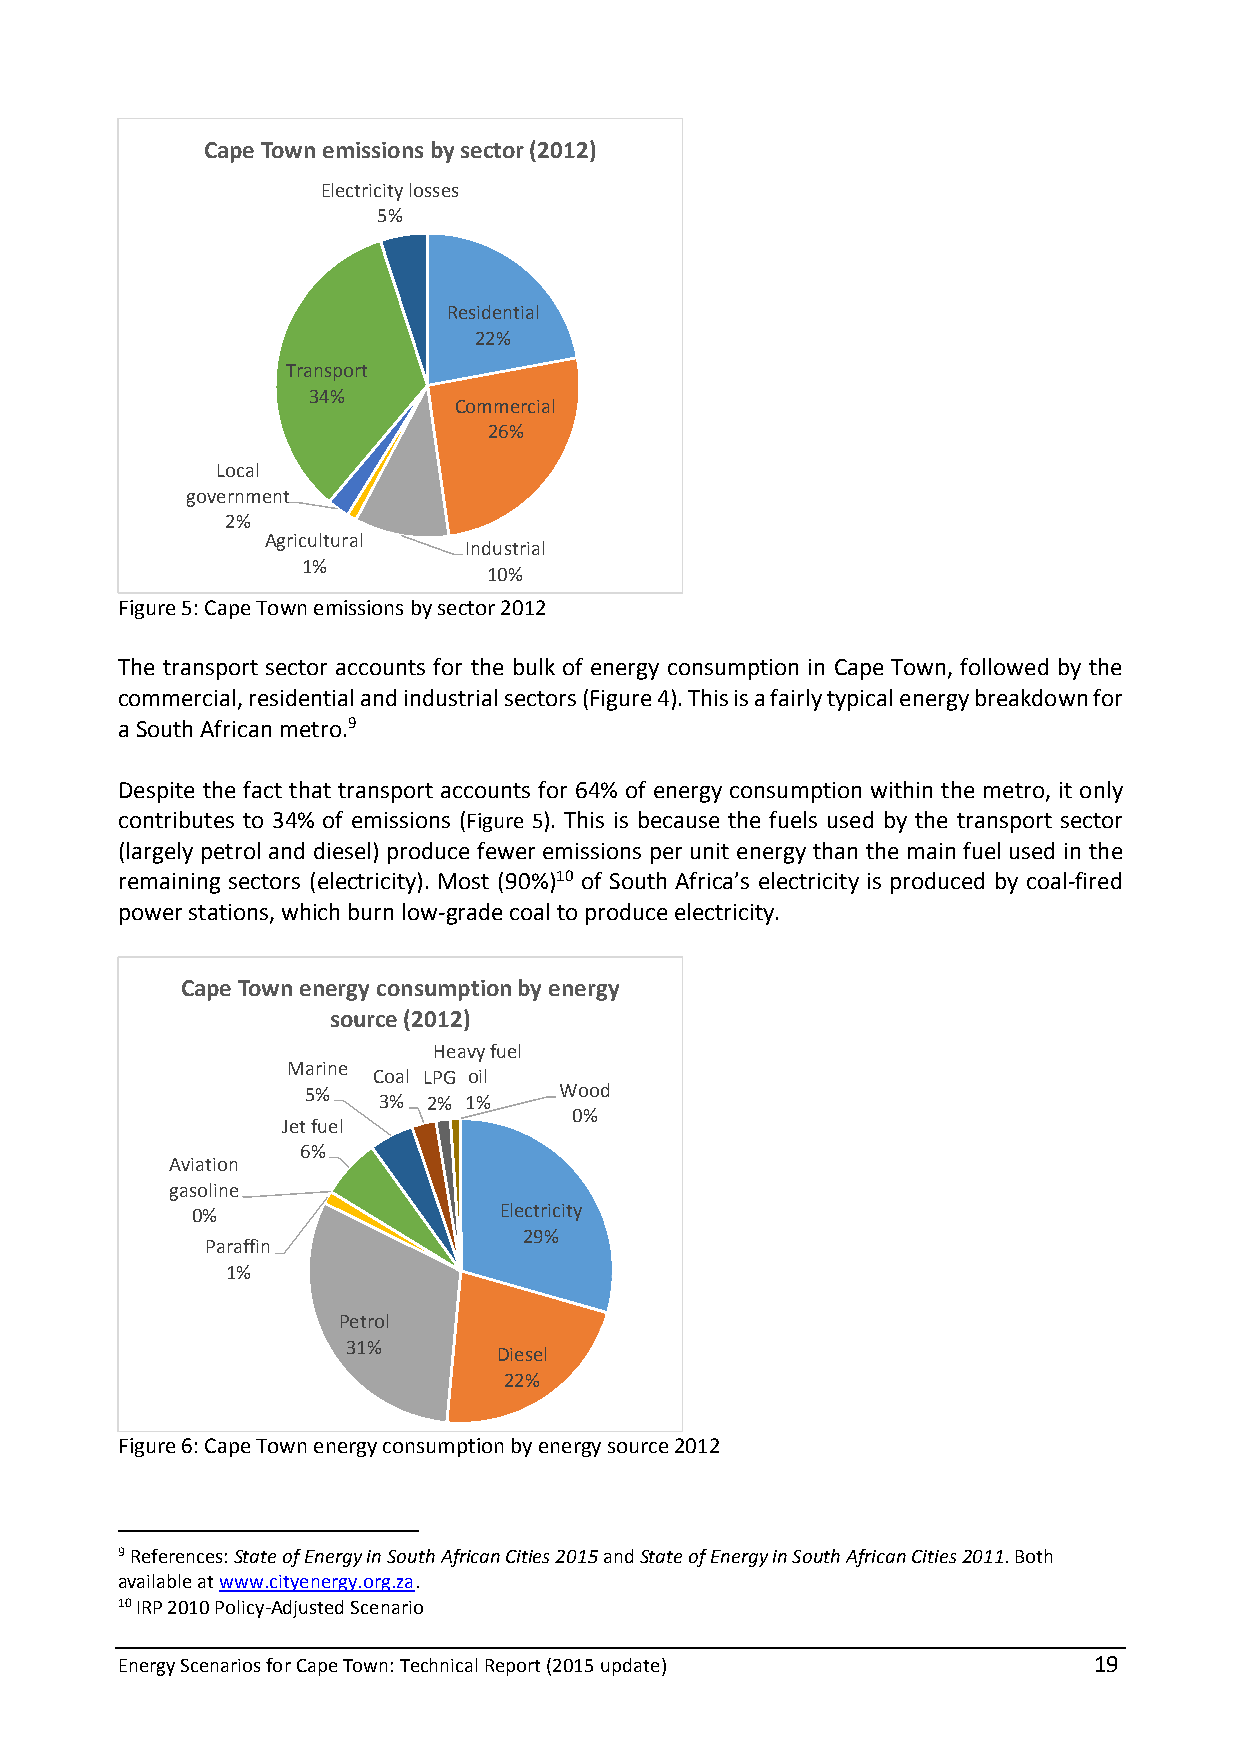
Cape Town emissions by sector (2012)
 Electricity losses
 5%
 Residential
 22%
 Transport
 34%
 Commercial
 26%
 Local
 government
 2%
 Agricultural
 Industrial
 1%
 10%
 Figure 5: Cape Town emissions by sector 2012
 The transport sector accounts for the bulk of energy consumption in Cape Town, followed by the
 commercial, residential and industrial sectors (Figure 4). This is a fairly typical energy breakdown for
 a South African metro.9
 Despite the fact that transport accounts for 64% of energy consumption within the metro, it only
 contributes to 34% of emissions (Figure 5). This is because the fuels used by the transport sector
 (largely petrol and diesel) produce fewer emissions per unit energy than the main fuel used in the
 remaining sectors (electricity). Most (90%)10 of South Africa’s electricity is produced by coal-fired
 power stations, which burn low-grade coal to produce electricity.
 Cape Town energy consumption by energy
 source (2012)
 Heavy fuel
 Marine
 Coal LPG oil
 5%               Wood
 3% 2% 1%
 0%
 Jet fuel
 6%
 Aviation
 gasoline
 0%                  Electricity
 29%
 Paraffin
 1%
 Petrol
 31%
 Diesel
 22%
 Figure 6: Cape Town energy consumption by energy source 2012
 9 References: State of Energy in South African Cities 2015 and State of Energy in South African Cities 2011. Both
 available at www.cityenergy.org.za.
 10 IRP 2010 Policy-Adjusted Scenario
 Energy Scenarios for Cape Town: Technical Report (2015 update)  19